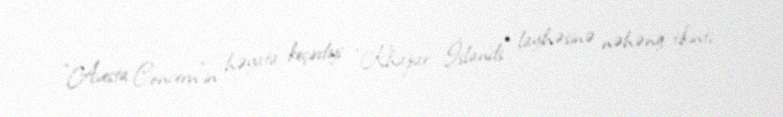
“Avesta Concern”in həyata keçirdiyi “Khazar İslands” layihəsinə nəhəng tikinti